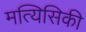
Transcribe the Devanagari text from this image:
मत्यिसिकी